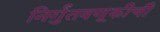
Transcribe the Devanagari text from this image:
निर्गुंतवणूकीची